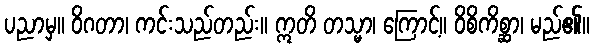
ပညာမှ။ ဝိဂတာ၊ ကင်းသည်တည်း။ ဣတိ တသ္မာ၊ ကြောင့်။ ဝိစိကိစ္ဆာ၊ မည်၏။